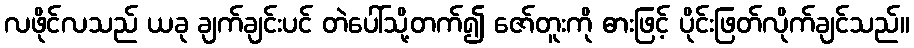
လဖိုင်လသည် ယခု ချက်ချင်းပင် တဲပေါ်သို့တက်၍ ဇော်တူးကို ဓားဖြင့် ပိုင်းဖြတ်လိုက်ချင်သည်။